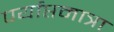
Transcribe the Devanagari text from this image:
पर्याप्तमात्रा